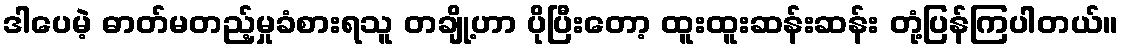
ဒါပေမဲ့ ဓာတ်မတည့်မှုခံစားရသူ တချို့ဟာ ပိုပြီးတော့ ထူးထူးဆန်းဆန်း တုံ့ပြန်ကြပါတယ်။